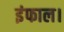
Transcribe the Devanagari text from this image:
इंफाल।